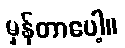
မှန်တာပေါ့။